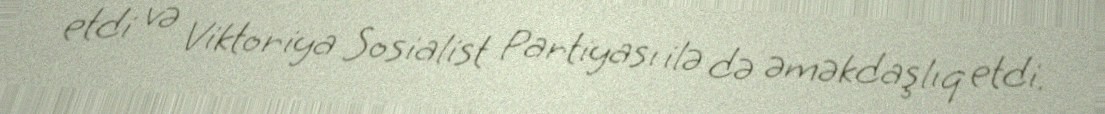
etdi və Viktoriya Sosialist Partiyası ilə də əməkdaşlıq etdi.